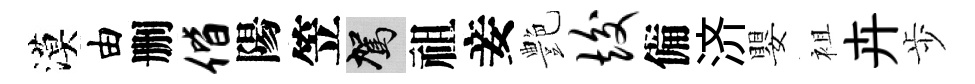
漠由删偕陽笠駕祖妾艶竣備济嬰袓卉歩